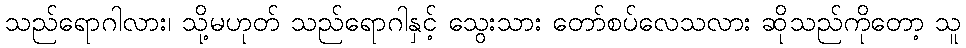
သည်ရောဂါလား၊ သို့မဟုတ် သည်ရောဂါနှင့် သွေးသား တော်စပ်လေသလား ဆိုသည်ကိုတော့ သူ